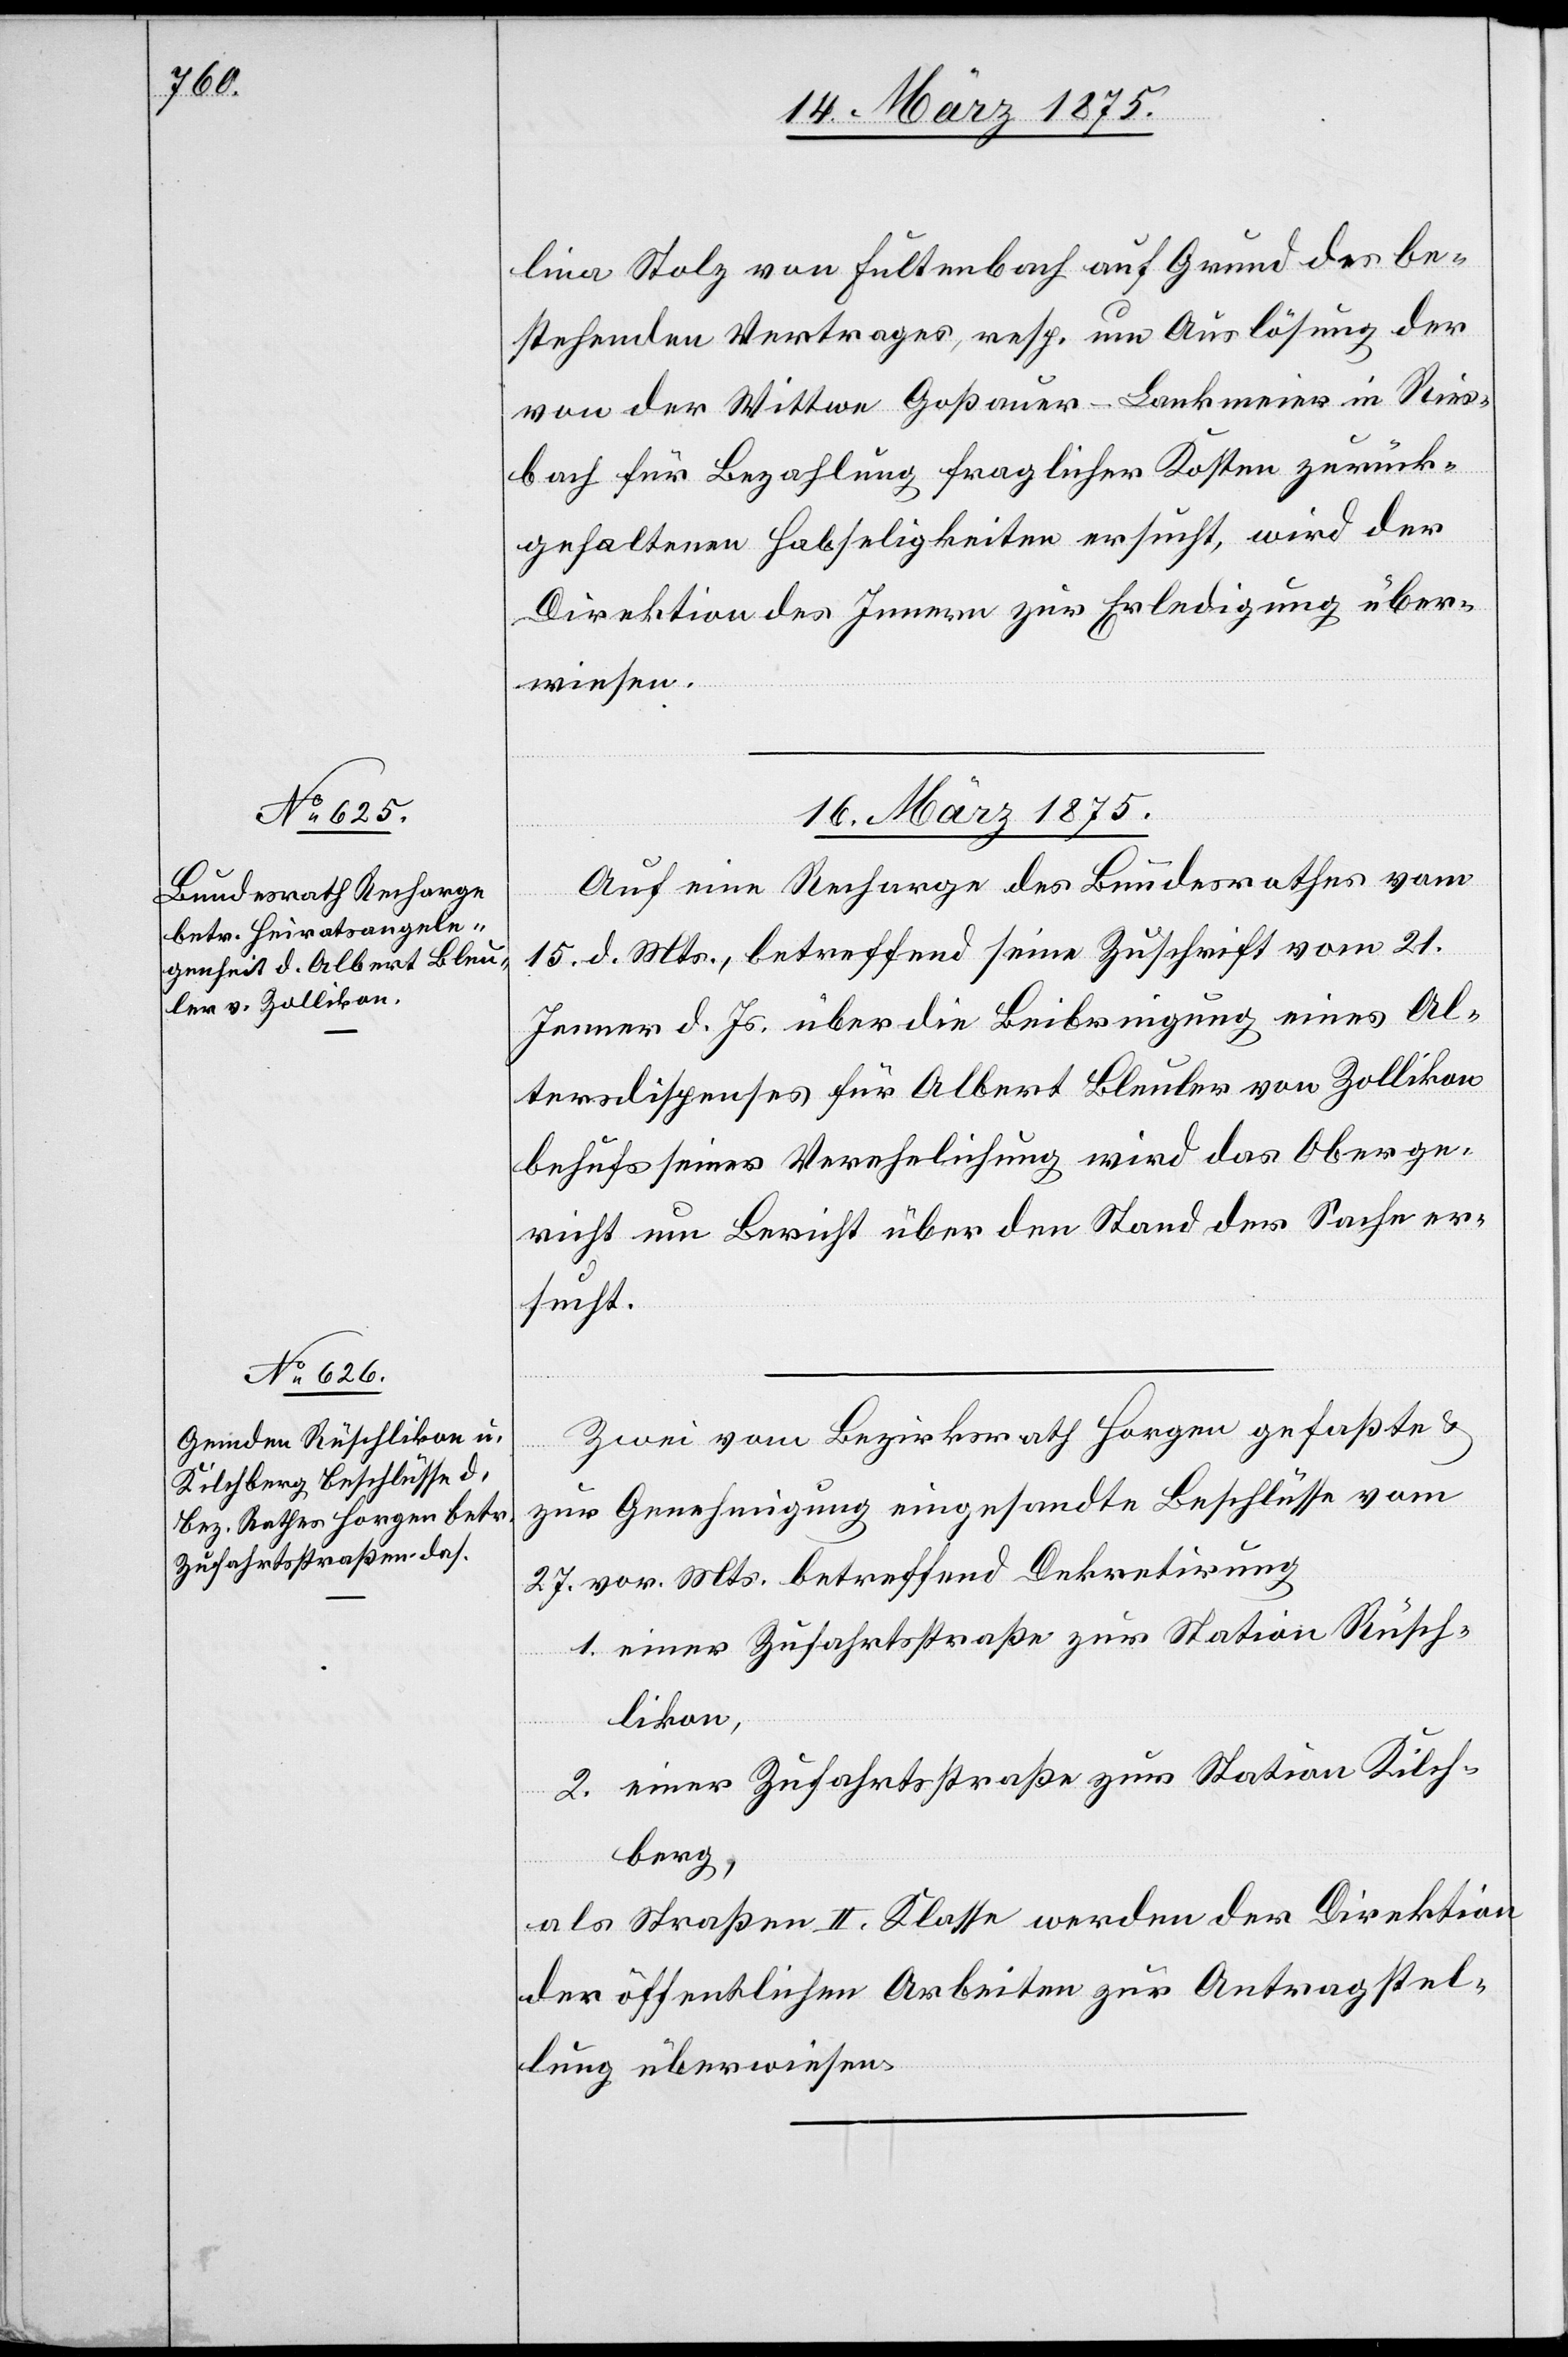
lina Stolz von Fultenbach auf Grund des be¬
stehenden Vertrages, resp. um Auslösung der
von der Wittwe Goßauer-Lankmeier in Ries¬
bach für Bezahlung fraglicher Kosten zurück¬
gehaltenen Habseligkeiten ersucht, wird der
Direktion des Innern zu Erledigung über¬
wiesen.
16. März 1875.]
Auf eine Recharge des Bundesrathes vom
15. d. Mts., betreffend seine Zuschrift vom 21.
Jenner d. Js. über die Beibringung eines Al¬
tersdispenses für Albert Bleuler von Zollikon
behufs seiner Verehelichung wird das Oberge¬
richt um Bericht über den Stand der Sache er¬
sucht.
Zwei vom Bezirksrath Horgen gefaßte &
zur Genehmigung eingesandte Beschlüsse vom
27. vor. Mts. betreffend Dekretirung
1. einer Zufahrtstraße zur Station Rüsch¬
likon,
2. einer Zufahrtstraße zur Station Kilch¬
berg,
als Straßen II. Klasse werden der Direktion
der öffentlichen Arbeiten zur Antragsstel¬
lung überwiesen.